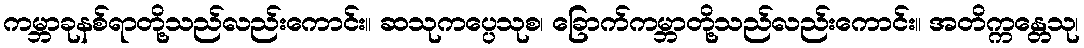
ကမ္ဘာခုနစ်ရာတို့သည်လည်းကောင်း။ ဆသုကပ္ပေသုစ၊ ခြောက်ကမ္ဘာတို့သည်လည်းကောင်း။ အတိက္ကန္တေသု၊